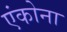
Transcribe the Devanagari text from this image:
एंकोना